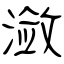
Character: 潋